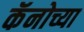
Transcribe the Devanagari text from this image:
कॅनोच्या